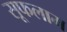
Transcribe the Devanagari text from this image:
सूफलाम